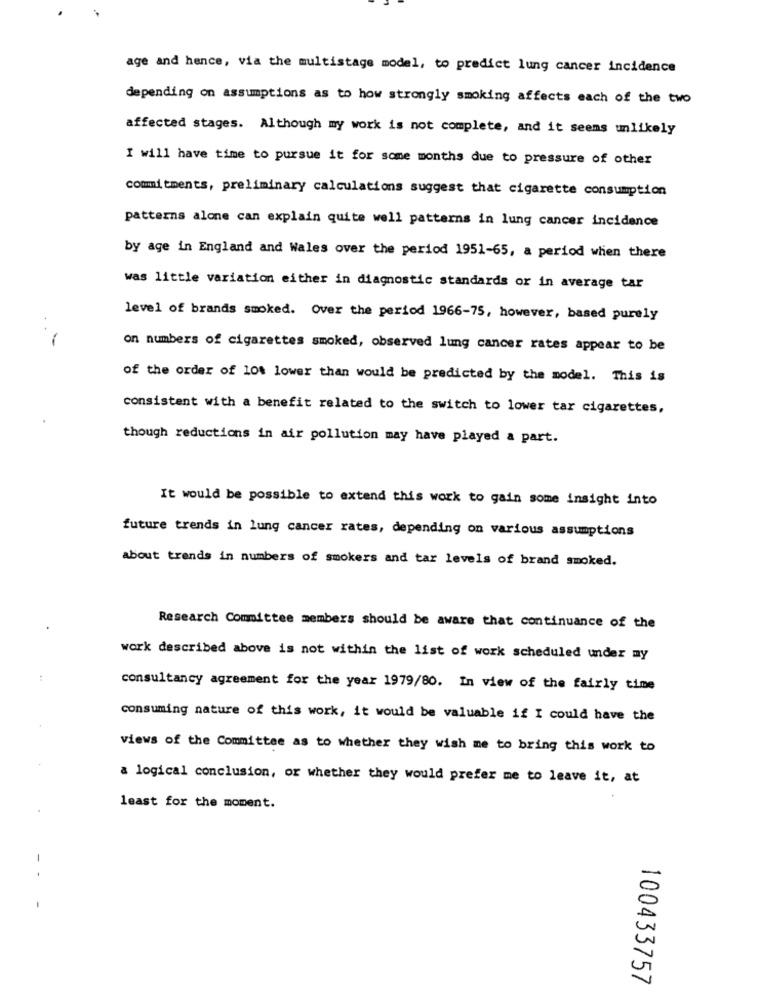
age and hence, via the multistage model, to predict lung cancer incidence
depending on assumptions as to how strongly smoking affects each of the two
affected stages. Although my work is not complete, and it seems unlikely
I will have time to pursue it for some months due to pressure of other
commitments, preliminary calculations suggest that cigarette consumption
patterns alone can explain quite well patterns in lung cancer incidence
by age in England and Wales over the period 1951-65, a period when there
was little variation either in diagnostic standards or in average tar
level of brands smoked. Over the period 1966-75, however, based purely
on numbers of cigarettes smoked, observed lung cancer rates appear to be
of the order of 10% lower than would be predicted by the model. This is
consistent with a benefit related to the switch to lower tar cigarettes,
though reductions in air pollution may have played a part.
It would be possible to extend this work to gain some insight into
future trends in lung cancer rates, depending on various assumptions
about trends in numbers of smokers and tar levels of brand smoked.
Research Committee members should be aware that continuance of the
work described above is not within the list of work scheduled under my
consultancy agreement for the year 1979/80. In view of the fairly time
consuming nature of this work, it would be valuable if I could have the
views of the Committee as to whether they wish me to bring this work to
a logical conclusion, or whether they would prefer me to leave it, at
least for the moment.
100433757